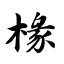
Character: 椽